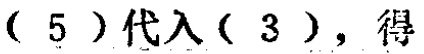
\((5)\)代入\((3)\)，得